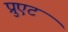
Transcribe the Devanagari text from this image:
प्रुएट